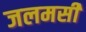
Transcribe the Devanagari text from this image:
जलमसी